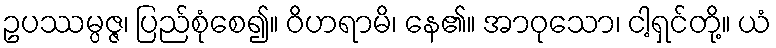
ဥပဿမ္ပဇ္ဇ၊ ပြည်စုံစေ၍။ ဝိဟရာမိ၊ နေ၏။ အာဝုသော၊ ငါ့ရှင်တို့။ ယံ